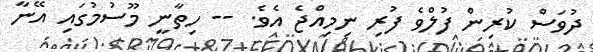
ދުވަސް ކުރިން ފުލްވެ ފުރި ނިމިއްޖެ އެވެ. -- ހިތާނީ މޫސުމުގައި އޭނާ